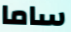
ساما